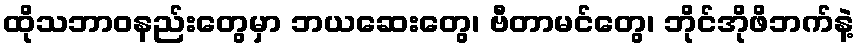
ထိုသဘာဝနည်းတွေမှာ ဘယဆေးတွေ၊ ဗီတာမင်တွေ၊ ဘိုင်အိုဖိဘက်နဲ့